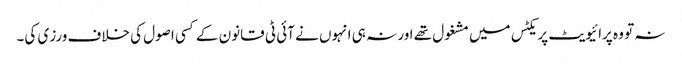
نہ تو وہ پرائیویٹ پریکٹس میں مشغول تھے اور نہ ہی انہوں نے آئی ٹی قانون کے کسی اصول کی خلاف ورزی کی۔